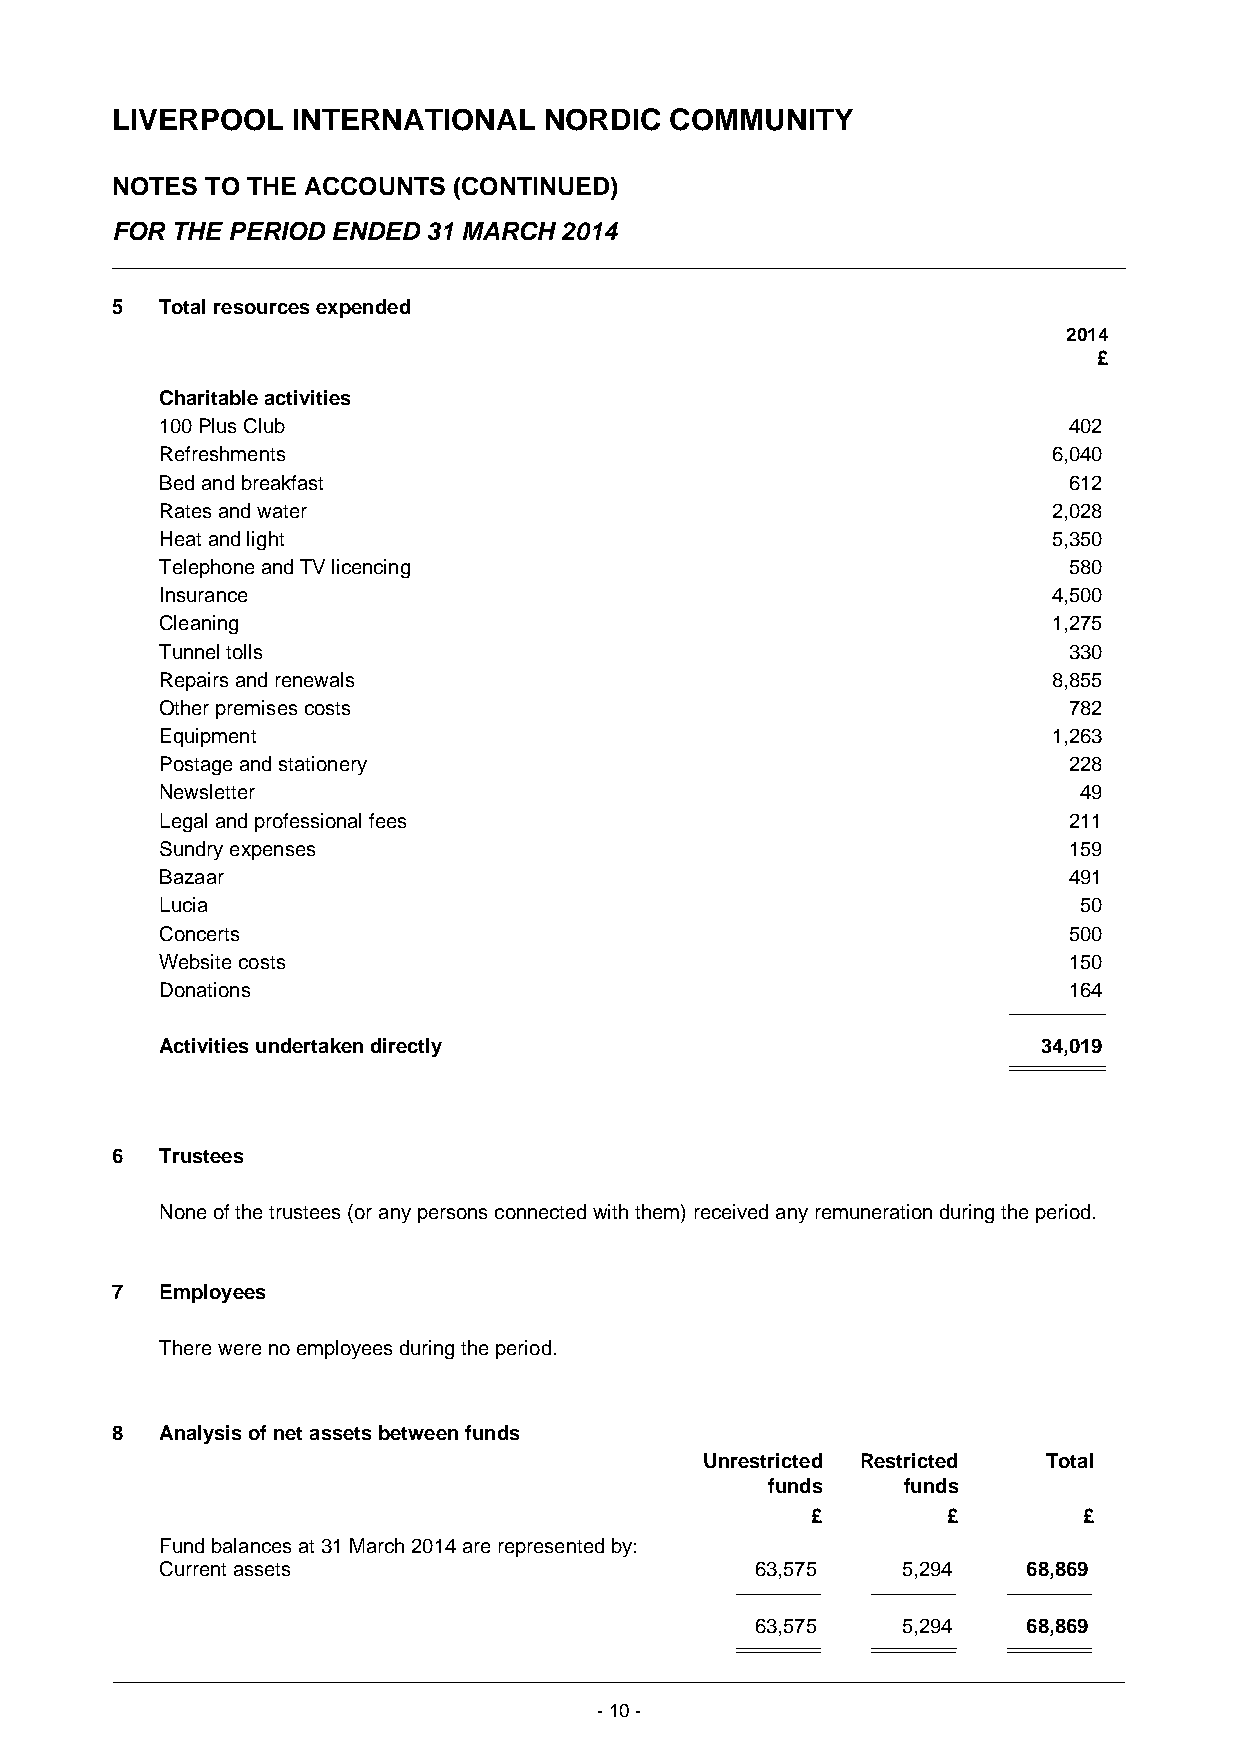
LIVERPOOL   INTERNATIONAL    NORDIC  COMMUNITY
 NOTES  TO THE ACCOUNTS (CONTINUED)
 FOR THE PERIOD ENDED 31 MARCH 2014
 5   Total resources expended
 2014
 £
 Charitable activities
 100 Plus Club                                               402
 Refreshments                                               6,040
 Bed and breakfast                                           612
 Rates and water                                            2,028
 Heat and light                                             5,350
 Telephone and TV licencing                                  580
 Insurance                                                  4,500
 Cleaning                                                   1,275
 Tunnel tolls                                                330
 Repairs and renewals                                       8,855
 Other premises costs                                        782
 Equipment                                                  1,263
 Postage and stationery                                      228
 Newsletter                                                  49
 Legal and professional fees                                 211
 Sundry expenses                                             159
 Bazaar                                                      491
 Lucia                                                       50
 Concerts                                                    500
 Website costs                                               150
 Donations                                                   164
 Activities undertaken directly                            34,019
 6   Trustees
 None of the trustees (or any persons connected with them) received any remuneration during the period.
 7   Employees
 There were no employees during the period.
 8   Analysis of net assets between funds
 Unrestricted Restricted Total
 funds    funds
 £        £        £
 Fund balances at 31 March 2014 are represented by:
 Current assets                         63,575    5,294   68,869
 63,575    5,294   68,869
 - 10 -